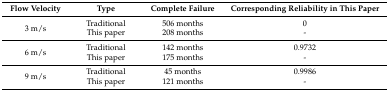
<table><thead><tr><td><b>Flow Velocity</b></td><td><b>Type</b></td><td><b>Complete Failure</b></td><td><b>Corresponding Reliability in This Paper</b></td></tr></thead><tbody><tr><td rowspan="2">3 m/s</td><td>Traditional</td><td>506 months</td><td>0</td></tr><tr><td>This paper</td><td>208 months</td><td>-</td></tr><tr><td rowspan="2">6 m/s</td><td>Traditional</td><td>142 months</td><td>0.9732</td></tr><tr><td>This paper</td><td>175 months</td><td>-</td></tr><tr><td rowspan="2">9 m/s</td><td>Traditional</td><td>45 months</td><td>0.9986</td></tr><tr><td>This paper</td><td>121 months</td><td>-</td></tr></tbody></table>